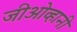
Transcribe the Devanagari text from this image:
जीओव्हानी